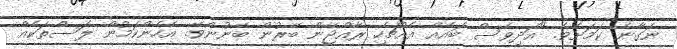
ނަގާނެ ކަމަށެވެ. "އަދިވެސް ބައެއް އެއްޗެހި ރާއްޖޭން ބޭރުން ބޭނުންވޭ. އެހެންކަމުން ލަސްތަކެއް